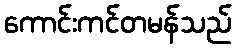
ကောင်းကင်တမန်သည်